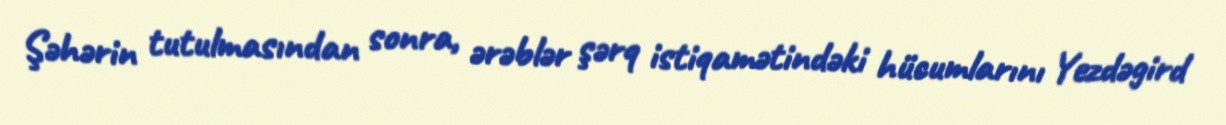
Şəhərin tutulmasından sonra, ərəblər şərq istiqamətindəki hücumlarını Yezdəgird